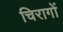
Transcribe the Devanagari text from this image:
चिरागों